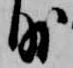
外